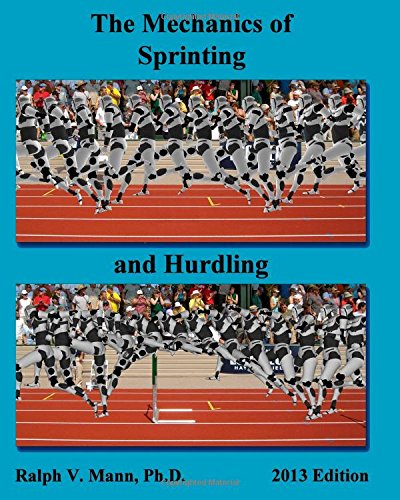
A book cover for The Mechanics of Sprinting and Hurdling: 2013 Edition; Ralph V. Mann Ph.D.; Sports & Outdoors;